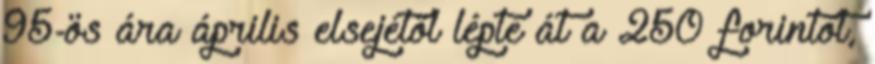
95-ös ára április elsejétől lépte át a 250 forintot,